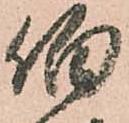
伯